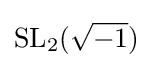
\mathrm {SL} _{2}({\sqrt {-1}})